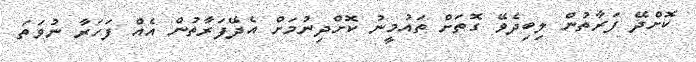
ކޮށްދޭ ފަރާތުން ލިބިދެވޭ ގޮތަށް ތައުމީނު ކޮށްދިނުމަށް އެދޭފަރާތުން އެއް ފަހަރާ ނުވަތަ